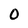
Character: 0